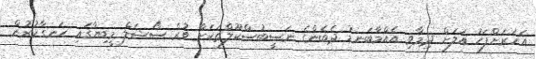
އަހަރަށްފަހު އަލަށް ދިމާވި އެއްމާބަނޑު ދެބެންގެ ނަޞީބުސްކޫލްތަކަށް ވުރެ ސޯޝަލް މީޑިޔާގައި ހަނގާކުރުން